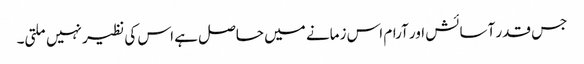
جس قدر آسائش اور آرام اس زمانے میں حاصل ہے اس کی نظیر نہیں ملتی۔